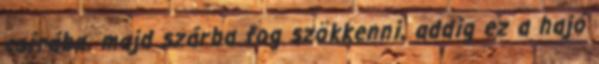
csírába, majd szárba fog szökkenni, addig ez a hajó